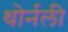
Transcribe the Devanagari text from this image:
थोर्नली